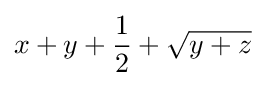
x+y+{\frac {1}{2}}+{\sqrt {y+z}}